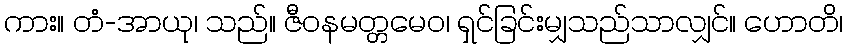
ကား။ တံ-အာယု၊ သည်။ ဇီဝနမတ္တမေဝ၊ ရှင်ခြင်းမျှသည်သာလျှင်။ ဟောတိ၊